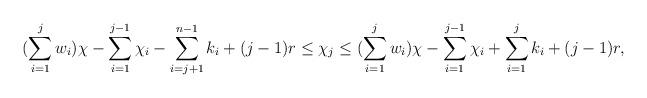
LaTeX: \begin{align*}(\sum\limits_{i =1}^{j} w_i) \chi - \sum\limits_{i=1}^{j-1} \chi_i -\sum\limits_{i = j+1}^{n-1} k_i + (j-1)r \leq \chi_j \leq (\sum\limits_{i =1}^{j} w_i) \chi - \sum\limits_{i=1}^{j-1} \chi_i + \sum\limits_{i=1}^{j} k_i + (j-1)r,\end{align*}